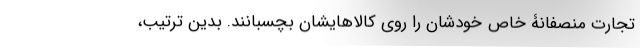
تجارت منصفانۀ خاصِ خودشان را روی کالاهایشان بچسبانند. بدین ترتیب،